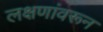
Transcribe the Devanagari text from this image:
लक्षणांवरून